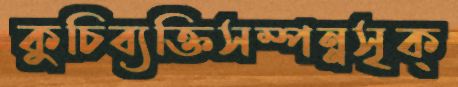
কুচিব্যক্তিসম্পন্নসৃক্